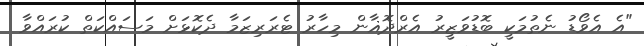
"އެ އެވޯޑު ނެތުމަކީ ބޮޑުވަޒީރު އެރްދޮޣާން މިހާރު ޓެރަރިޒަމާ ދެކޮޅަށް މަސައްކަތް ކުރައްވާ